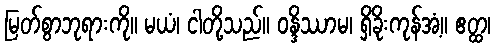
မြတ်စွာဘုရားကို။ မယံ၊ ငါတို့သည်။ ဝန္ဒိဿာမ၊ ရှိခိုးကုန်အံ့။ ဧတ္ထ၊